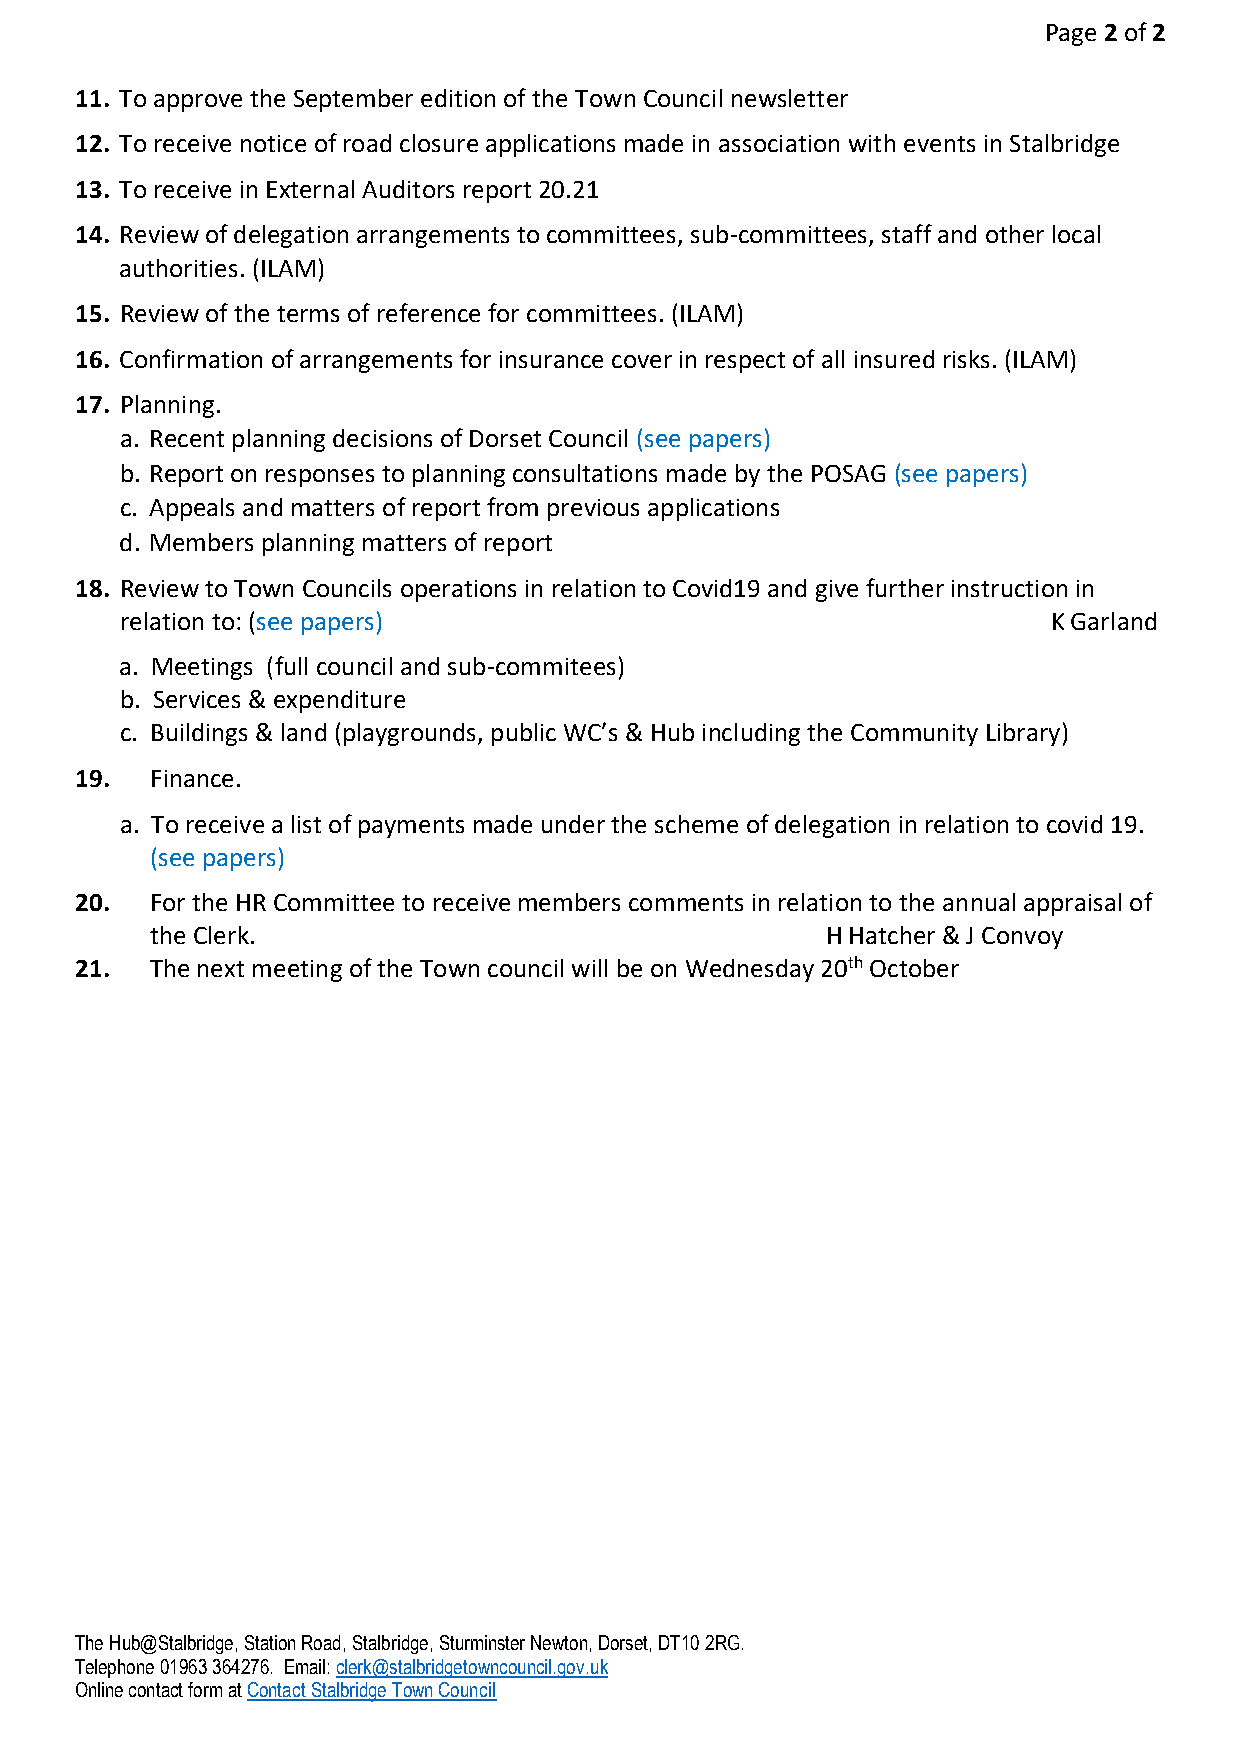
Page 2 of 2
 11. To approve the September edition of the Town Council newsletter
 12. To receive notice of road closure applications made in association with events in Stalbridge
 13. To receive in External Auditors report 20.21
 14. Review of delegation arrangements to committees, sub-committees, staff and other local
 authorities. (ILAM)
 15. Review of the terms of reference for committees. (ILAM)
 16. Confirmation of arrangements for insurance cover in respect of all insured risks. (ILAM)
 17. Planning.
 a. Recent planning decisions of Dorset Council (see papers)
 b. Report on responses to planning consultations made by the POSAG (see papers)
 c. Appeals and matters of report from previous applications
 d. Members planning matters of report
 18. Review to Town Councils operations in relation to Covid19 and give further instruction in
 relation to: (see papers)                                     K Garland
 a. Meetings (full council and sub-commitees)
 b. Services & expenditure
 c. Buildings & land (playgrounds, public WC’s & Hub including the Community Library)
 19.  Finance.
 a. To receive a list of payments made under the scheme of delegation in relation to covid 19.
 (see papers)
 20.  For the HR Committee to receive members comments in relation to the annual appraisal of
 the Clerk.                                   H Hatcher & J Convoy
 21.  The next meeting of the Town council will be on Wednesday 20th October
 The Hub@Stalbridge, Station Road, Stalbridge, Sturminster Newton, Dorset, DT10 2RG.
 Telephone 01963 364276. Email: clerk@stalbridgetowncouncil.gov.uk
 Online contact form at Contact Stalbridge Town Council